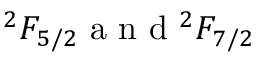
{ } ^ { 2 } F _ { 5 / 2 } \mathrm { ~ a ~ n ~ d ~ } { } ^ { 2 } F _ { 7 / 2 }